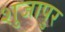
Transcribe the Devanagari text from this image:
शुजापुर